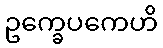
ဥက္ခေပကေဟိ